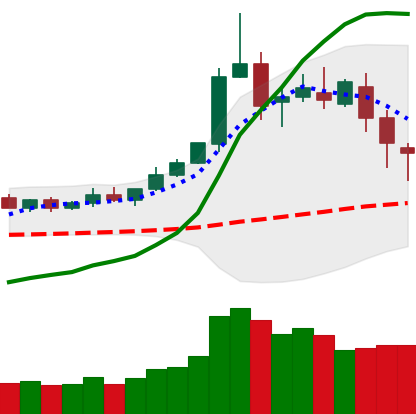
Ticker: DOGE-USD
Chart end date: 2020-02-17
Forward return: -4.093%
Label: down_3_5